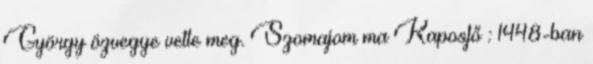
György özvegye vette meg. Szomajom ma Kaposfő : 1448-ban